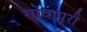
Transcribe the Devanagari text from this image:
गोवापुरी